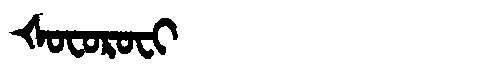
Manchu: ᡧᠣᠸᠣᡵᠣᠸᡳ
Romanization: ŠOFOROFI